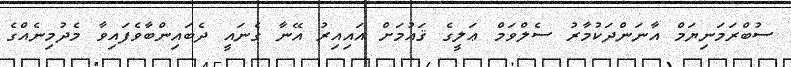
ސުބްރަމަނިޔަމް އާނަންދަކުމާރު ސެލްވަމް ޢަލީގެ ޤައުމަށް އައިއިރު އޭނާ ގެނައީ ދެބައިންބާވެފައިވާ މެދުމިނެއްގެ